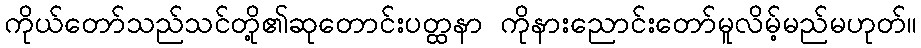
ကိုယ်တော်သည်သင်တို့၏ဆုတောင်းပတ္ထနာ ကိုနားညောင်းတော်မူလိမ့်မည်မဟုတ်။